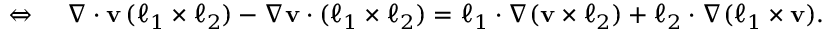
\begin{array} { r l } { \Leftrightarrow \ } & { { } \nabla \cdot \mathbf { v } \, ( \boldsymbol { \ell } _ { 1 } \times \boldsymbol { \ell } _ { 2 } ) - \nabla \mathbf { v } \cdot ( \boldsymbol { \ell } _ { 1 } \times \boldsymbol { \ell } _ { 2 } ) = \boldsymbol { \ell } _ { 1 } \cdot \nabla ( \mathbf { v } \times \boldsymbol { \ell } _ { 2 } ) + \boldsymbol { \ell } _ { 2 } \cdot \nabla ( \boldsymbol { \ell } _ { 1 } \times \mathbf { v } ) . } \end{array}